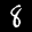
Label: 8